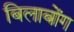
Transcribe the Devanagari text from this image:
बिलाबोंग